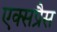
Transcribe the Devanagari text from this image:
एक्‍सप्रैस